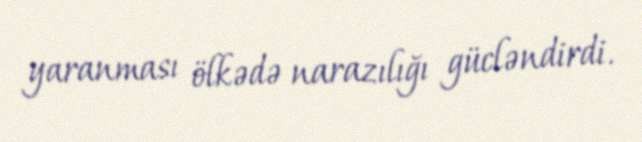
yaranması ölkədə narazılığı gücləndirdi.